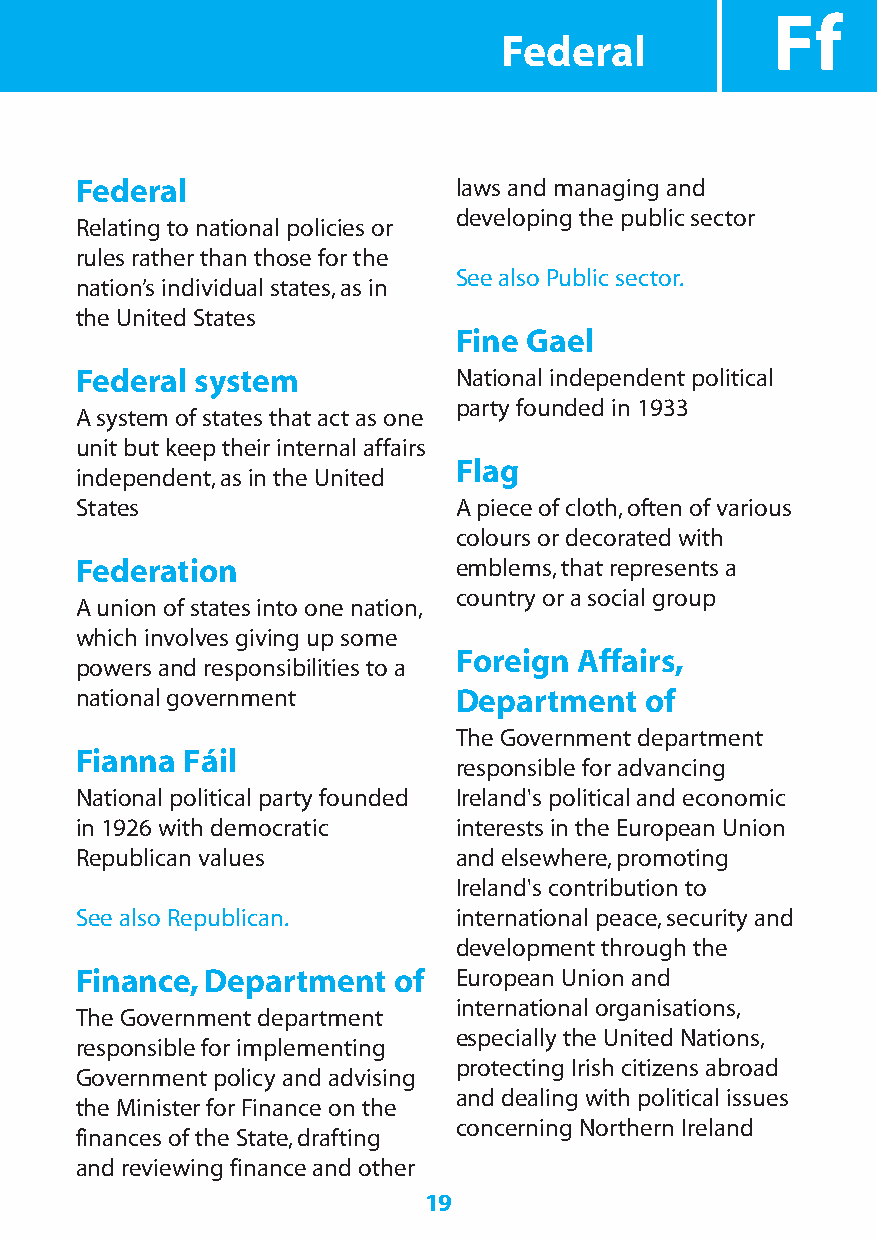
Ff
 Federal
 Federal                  laws and managing and
 developing the public sector
 Relating to national policies or
 rules rather than those for the
 See also Public sector.
 nation’s individual states,as in
 the United States
 Fine Gael
 Federal system           National independent political
 party founded in 1933
 A system of states that act as one
 unit but keep their internal affairs
 Flag
 independent,as in the United
 States                   A piece of cloth,often of various
 colours or decorated with
 Federation               emblems,that represents a
 country or a social group
 A union of states into one nation,
 which involves giving up some
 Foreign Affairs,
 powers and responsibilities to a
 national government      Department   of
 The Government department
 Fianna Fáil
 responsible for advancing
 National political party founded Ireland's political and economic
 in 1926 with democratic  interests in the European Union
 Republican values        and elsewhere,promoting
 Ireland's contribution to
 See also Republican.     international peace,security and
 development through the
 Finance,Department   of  European Union and
 international organisations,
 The Government department
 especially the United Nations,
 responsible for implementing
 protecting Irish citizens abroad
 Government policy and advising
 and dealing with political issues
 the Minister for Finance on the
 concerning Northern Ireland
 finances of the State,drafting
 and reviewing finance and other
 19